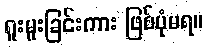
ရူးမူးခြင်းကား ဖြစ်ပုံမရ။